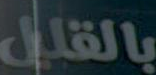
بالقليل